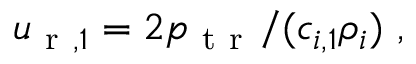
u _ { \mathrm { ~ r ~ } , 1 } = 2 p _ { \mathrm { ~ t ~ r ~ } } / ( c _ { i , 1 } \rho _ { i } ) \ ,